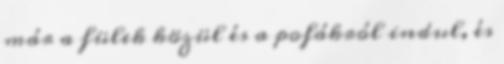
már a fülek közül és a pofákról indul, és